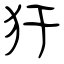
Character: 犴